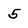
Character: 5